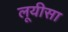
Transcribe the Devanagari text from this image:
लूयीसा